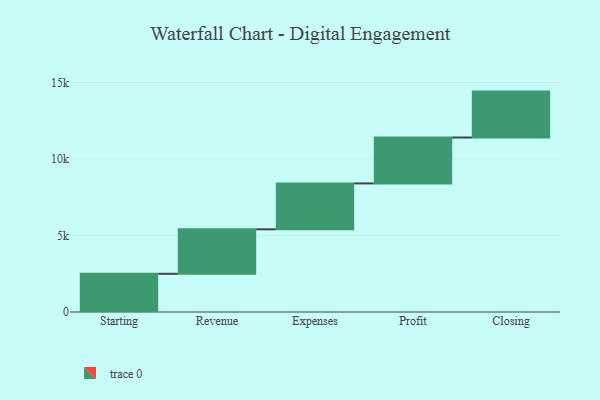
{"axis": {"x": "Step", "y": "Value"}, "legend": [""], "data": [{"x": "Starting", "y": 2496.0, "type": ""}, {"x": "Revenue", "y": 2907.0, "type": ""}, {"x": "Expenses", "y": 3000, "type": ""}, {"x": "Profit", "y": 3000, "type": ""}, {"x": "Closing", "y": 3000, "type": ""}]}